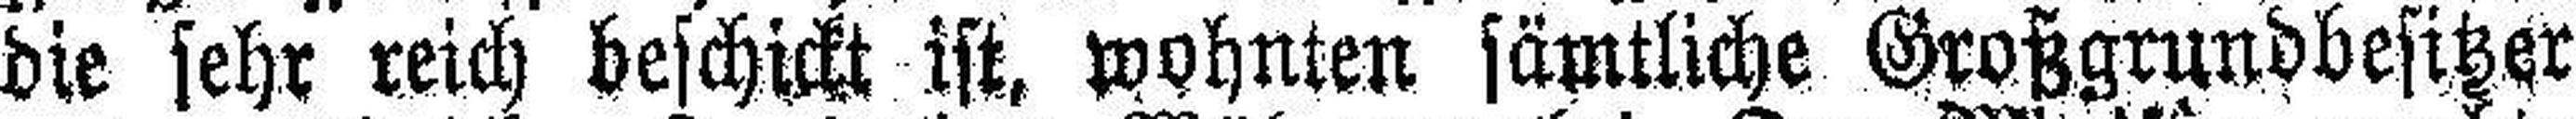
die sehr reich beschickt ist, wohnten sämtliche Großgrundbesitzer